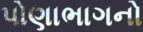
પોણાભાગનો